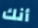
أنك